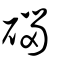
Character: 碯